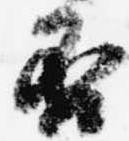
否